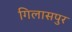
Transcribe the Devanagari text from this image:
गिलासपुर